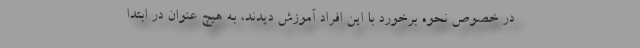
در خصوص نحوه برخورد با این افراد آموزش دیدند، به هیچ عنوان در ابتدا